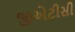
જીએટીસી